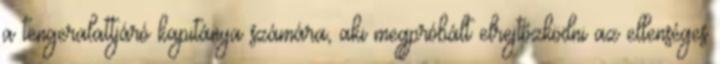
a tengeralattjáró kapitánya számára, aki megpróbált elrejtőzködni az ellenséges